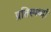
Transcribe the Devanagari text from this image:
प्रतिस्पर्ध्दा